65_HS1-834228961_62-HQ-83894_Serial_130
Agency: FBI
Page 49
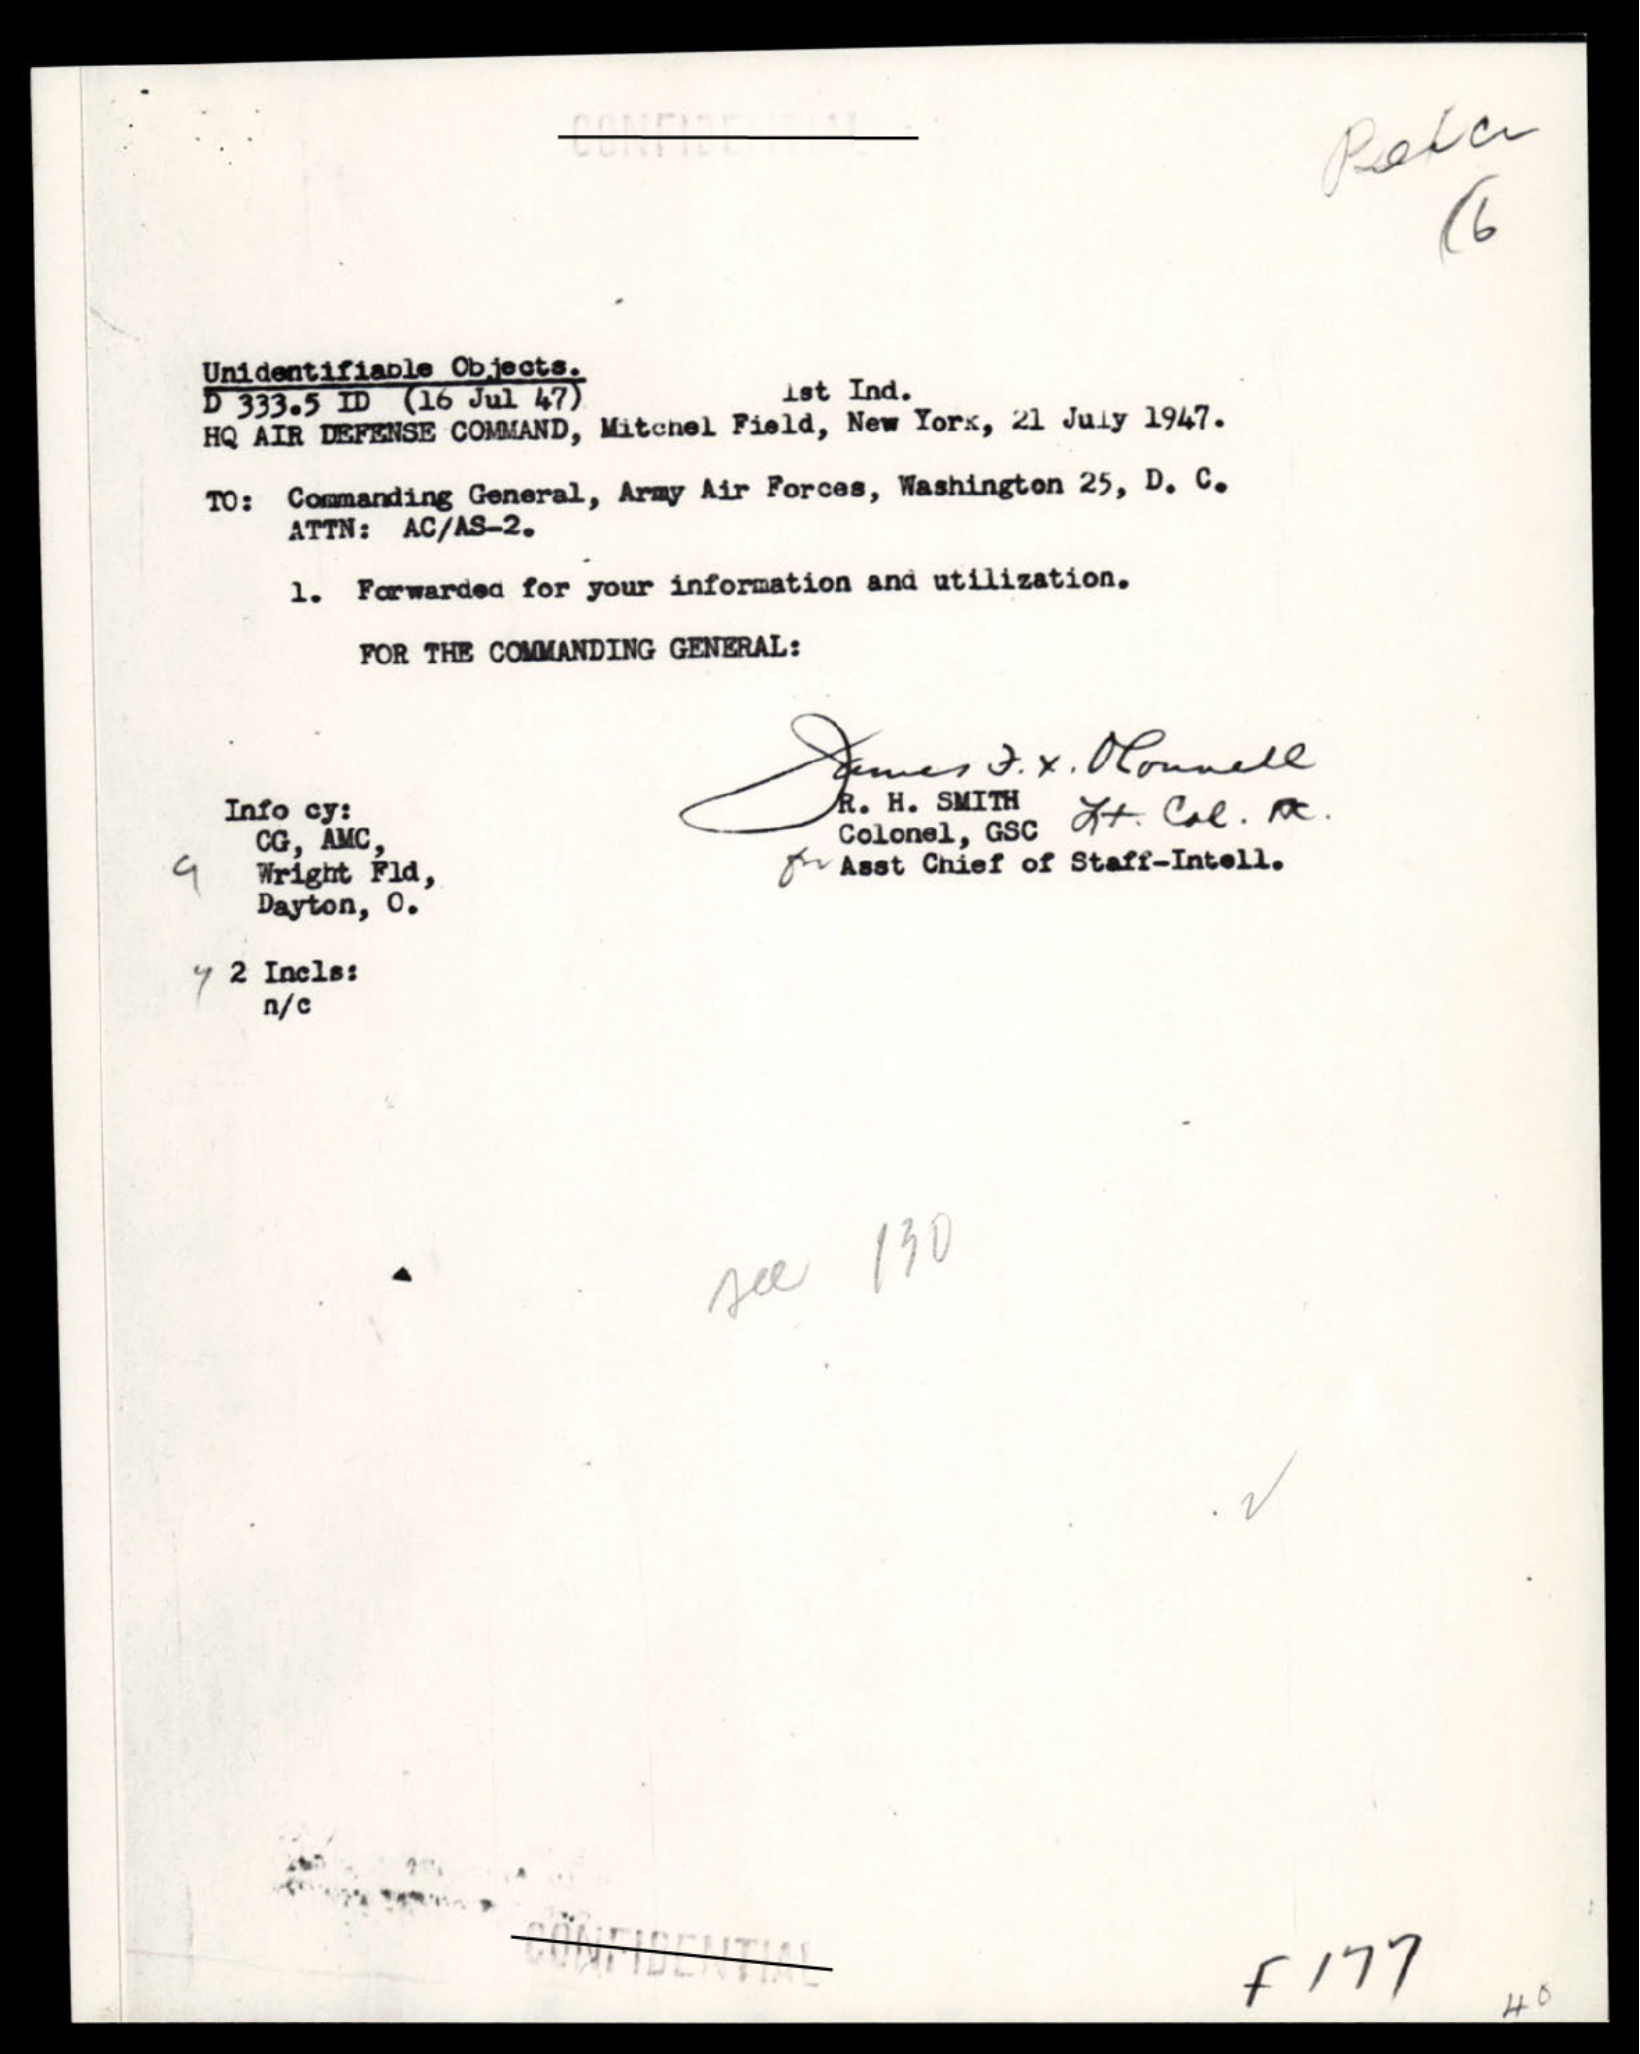